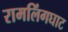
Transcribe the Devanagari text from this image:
रामलिंगघाट